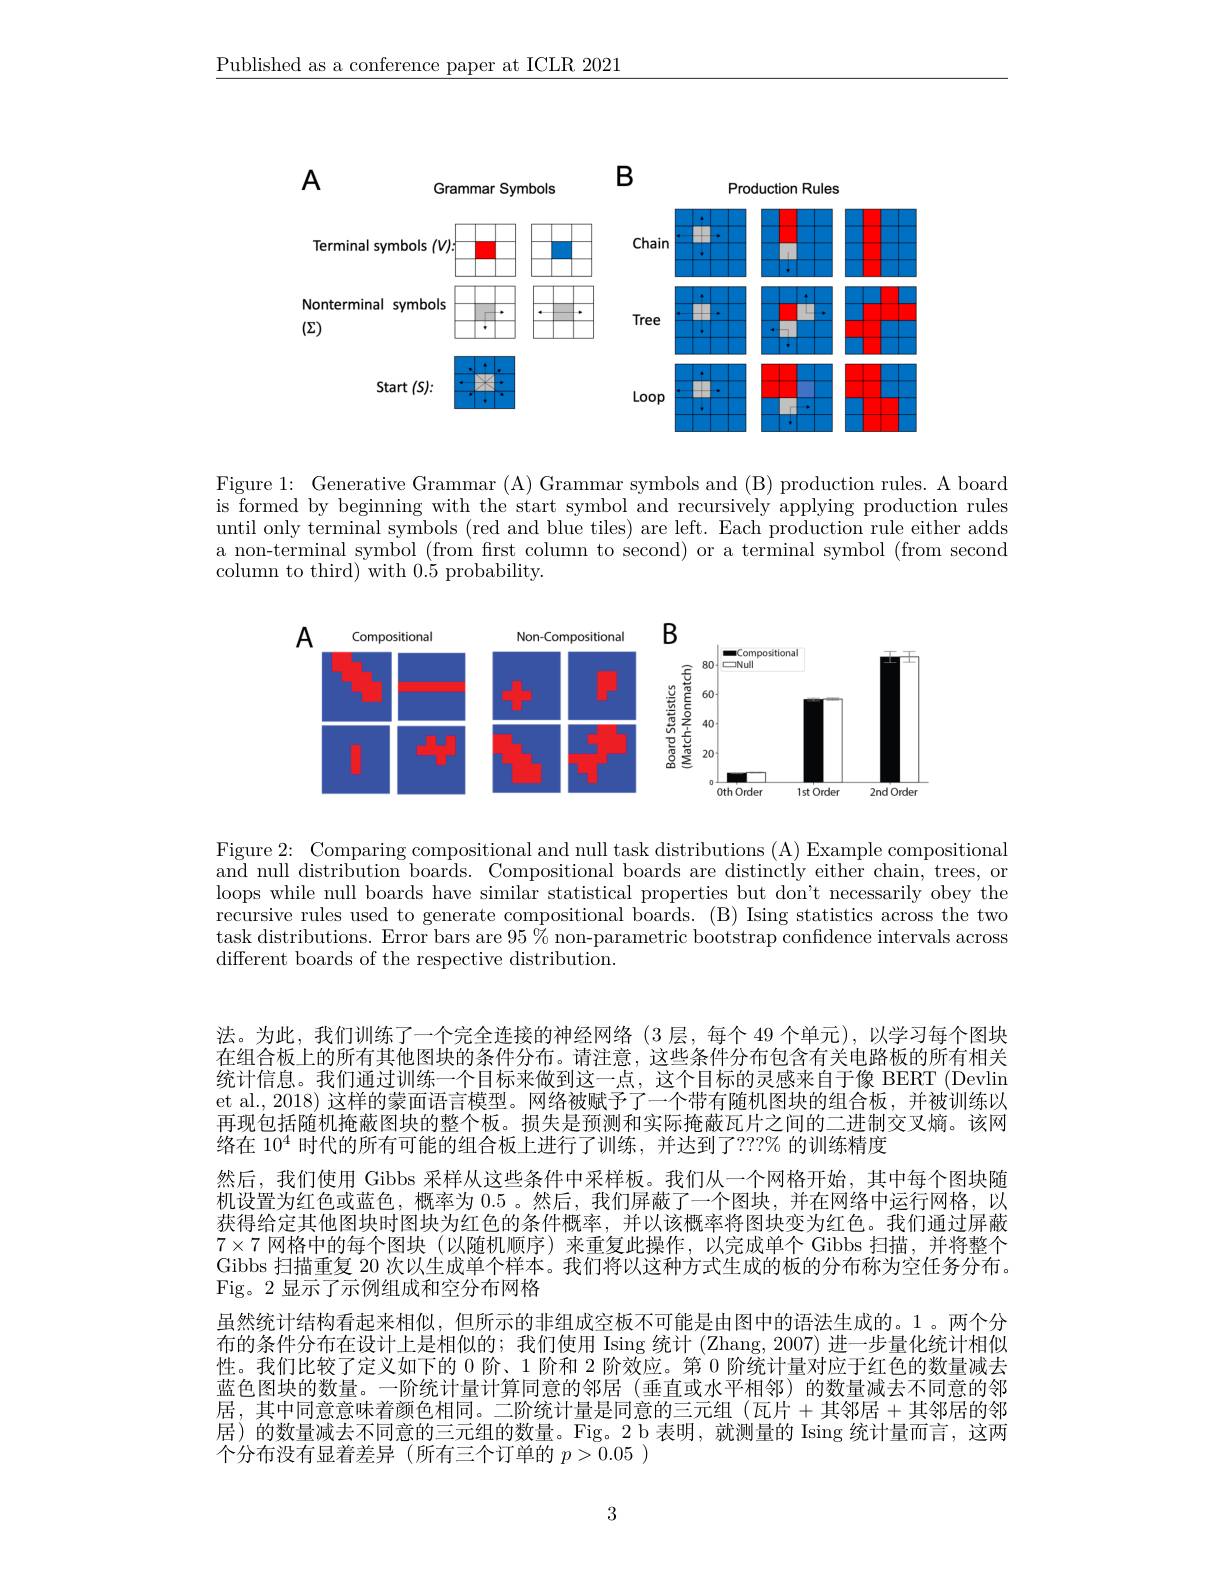
$\underline{\text{Published as a conference paper at ICLR 2021}}$

<FigureHere>

Figure 1: Generative Grammar (A) Grammar symbols and (B) production rules. A board is formed by beginning with the start symbol and recursively applying production rules until only terminal symbols (red and blue tiles) are left. Each production rule either adds a non-terminal symbol (from frst column to second) or a terminal symbol (from second column to third) with $0.\dot{5}$ probability.

<FigureHere>

Figure 2: Comparing compositional and null task distributions (A) Example compositional and null distribution boards. Compositional boards are distinctly either chain, trees, or loops while null boards have similar statistical properties but don't necessarily obey the recursive rules used to generate compositional boards. (B) Ising statistics across the two task distributions. Error bars are $95\%$ non-parametric bootstrap confdence intervals across different boards of the respective distribution.

法。为此，我们训练了一个完全连接的神经网络(3层，每个 49 个单元),以学习每个图块在组合板上的所有其他图块的条件分布。请注意，这些条件分布包含有关电路板的所有相关统计信息。我们通过训练一个目标来做到这一点，这个目标的灵感来自于像 BERT (Devlin et al., 2018) 这样的蒙面语言模型。网络被赋予了一个带有随机图块的组合板，并被训练以再现包括随机掩蔽图块的整个板。损失是预测和实际掩蔽瓦片之间的二进制交叉熵。该网络在$10^4$时代的所有可能的组合板上进行了训练，并达到了？??% 的训练精度
然后，我们使用 Gibbs 采样从这些条件中采样板。我们从一个网格开始，其中每个图块随机设置为红色或蓝色，概率为0.5 。然后，我们屏蔽了一个图块，并在网络中运行网格，以获得给定其他图块时图块为红色的条件概率，并以该概率将图块变为红色。我们通过屏蔽$7\times7$网格中的每个图块 (以随机顺序)来重复此操作，以完成单个 Gibbs 扫描，并将整个Gibbs 扫描重复 20 次以生成单个样本。我们将以这种方式生成的板的分布称为空任务分布。Fig。2 显示了示例组成和空分布网格
虽然统计结构看起来相似，但所示的非组成空板不可能是由图中的语法生成的。1。两个分布的条件分布在设计上是相似的；我们使用 Ising 统计 (Zhang, 2007) 进一步量化统计相似性。我们比较了定义如下的0阶、1 阶和 2 阶效应。第 0 阶统计量对应于红色的数量减去蓝色图块的数量。一阶统计量计算同意的邻居(垂直或水平相邻)的数量减去不同意的邻居，其中同意意味着颜色相同。二阶统计量是同意的三元组(瓦片+其邻居+其邻居的邻居)的数量减去不同意的三元组的数量。Fig。2 b 表明，就测量的 Ising 统计量而言，这两个分布没有显着差异(所有三个订单的$p>0.05$ )

3